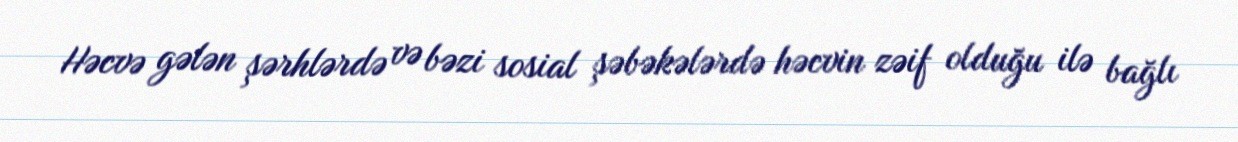
Həcvə gələn şərhlərdə və bəzi sosial şəbəkələrdə həcvin zəif olduğu ilə bağlı